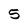
Character: 5